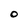
Character: O